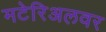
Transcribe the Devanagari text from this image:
मटेरिअलवर